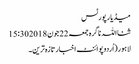
میڈیا رپورٹس
ثنااللہ ناگرہ جمعہ 22 جون 2018 15:30
لاہور(اُردوپوائنٹ اخبارتازہ ترین۔